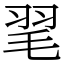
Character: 毣